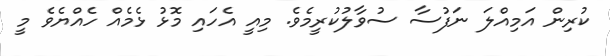
ކުރިން އަމިއްލަ ނަފުސާ ސުވާލުކުރީމެވެ. މިއީ އެހައި މޮޅު ޅެމެއް ހެއްޔެވެ މީ